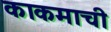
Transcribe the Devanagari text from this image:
काकमाची